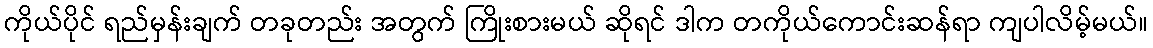
ကိုယ်ပိုင် ရည်မှန်းချက် တခုတည်း အတွက် ကြိုးစားမယ် ဆိုရင် ဒါက တကိုယ်ကောင်းဆန်ရာ ကျပါလိမ့်မယ်။